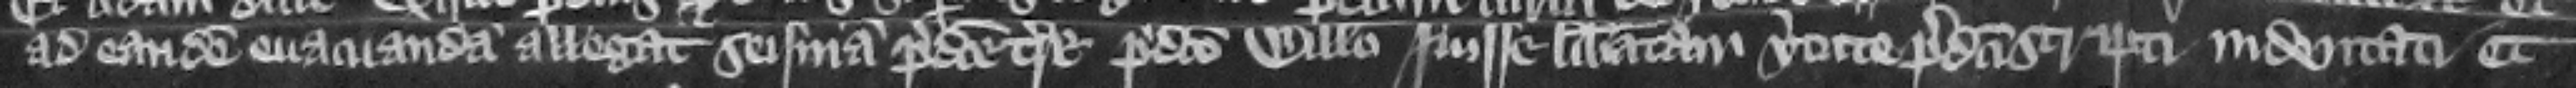
ad eandem euacuandam allegat seisinam predicte terre predicto Willelmo fuisse liberatam virtute predicti scripti indentati et